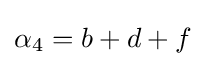
\alpha _{4}=b+d+f